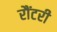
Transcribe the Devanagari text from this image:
रौंटरी